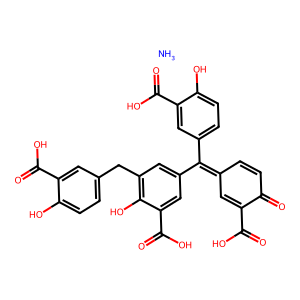
SMILES: N.O=C(O)C1=CC(=C(c2ccc(O)c(C(=O)O)c2)c2cc(Cc3ccc(O)c(C(=O)O)c3)c(O)c(C(=O)O)c2)C=CC1=O
Inhibits HIV replication: No